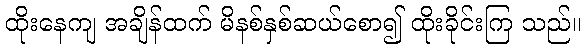
ထိုးနေကျ အချိန်ထက် မိနစ်နှစ်ဆယ်စော၍ ထိုးခိုင်းကြ သည်။